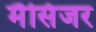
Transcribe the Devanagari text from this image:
मैसिंजर